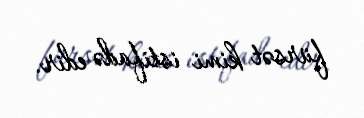
fürsət kimi istifadə edir.